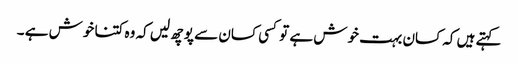
کہتے ہیں کہ کسان بہت خوش ہے تو کسی کسان سے پوچھ لیں کہ وہ کتنا خوش ہے ۔